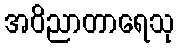
အဝိညာတာရေသု